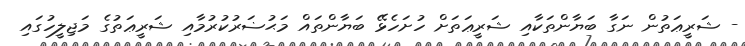
- ޝަރީޢަތުން ނަގާ ބަޔާންތަކާއި ޝަރީޢަތަށް ހުށަހެޅޭ ބަޔާންތައް މަޙުޟަރުކުރުމާއި ޝަރީޢަތުގެ މަޖިލީހުގައި